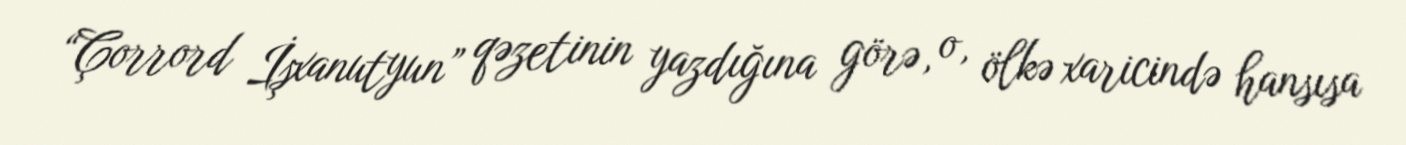
“Çorrord İşxanutyun” qəzetinin yazdığına görə, o, ölkə xaricində hansısa